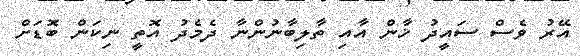
އޭރު ވެސް ސައީދު ޚާން އާއި ތާލިބާނުންނާ ދެމެދު އޮތީ ނިކަން ބޮޑަށް